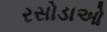
રસોડાઓ